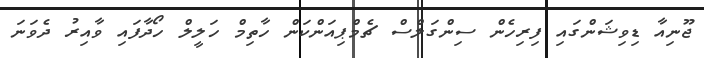
ޖޫނިއާ ޑިވިޝަންގައި ފިރިހެން ސިންގަލްސް ޗެމްޕިއަންކަން ހާތިމް ހަލީލް ހޯދާފައި ވާއިރު ދެވަނަ